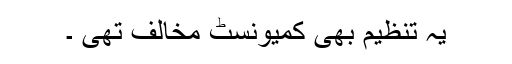
یہ تنظیم بھی کمیونسٹ مخالف تھی ۔